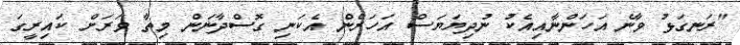
"ރަނގަޅު ވާނެ އަހަންނާއިއެކު ނުދިޔަޔަސް އަހަރެން އެކަނި ގޮސްދާނަން މިތާ ވަރަށް ކައިރީގަ